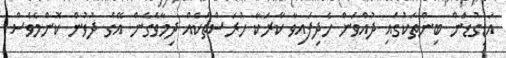
އަޑިގުޑަން ބިންތަކުގައި ދުއްވަން ހެދިފައިވާ ކާރަކާ ހުރަސްތަކެއް ދިމާވެގެން އޭގެ ދުވުން ކޮންމެވެސް